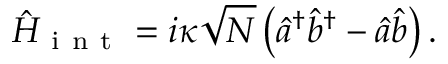
\hat { H } _ { \mathrm { ~ i ~ n ~ t ~ } } = i \kappa \sqrt { N } \left( \hat { a } ^ { \dagger } \hat { b } ^ { \dagger } - \hat { a } \hat { b } \right) .